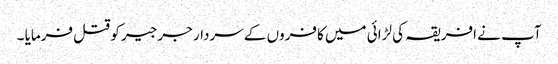
آپ نے افریقہ کی لڑائی میں کافروں کے سردار جرجیر کو قتل فرمایا ۔